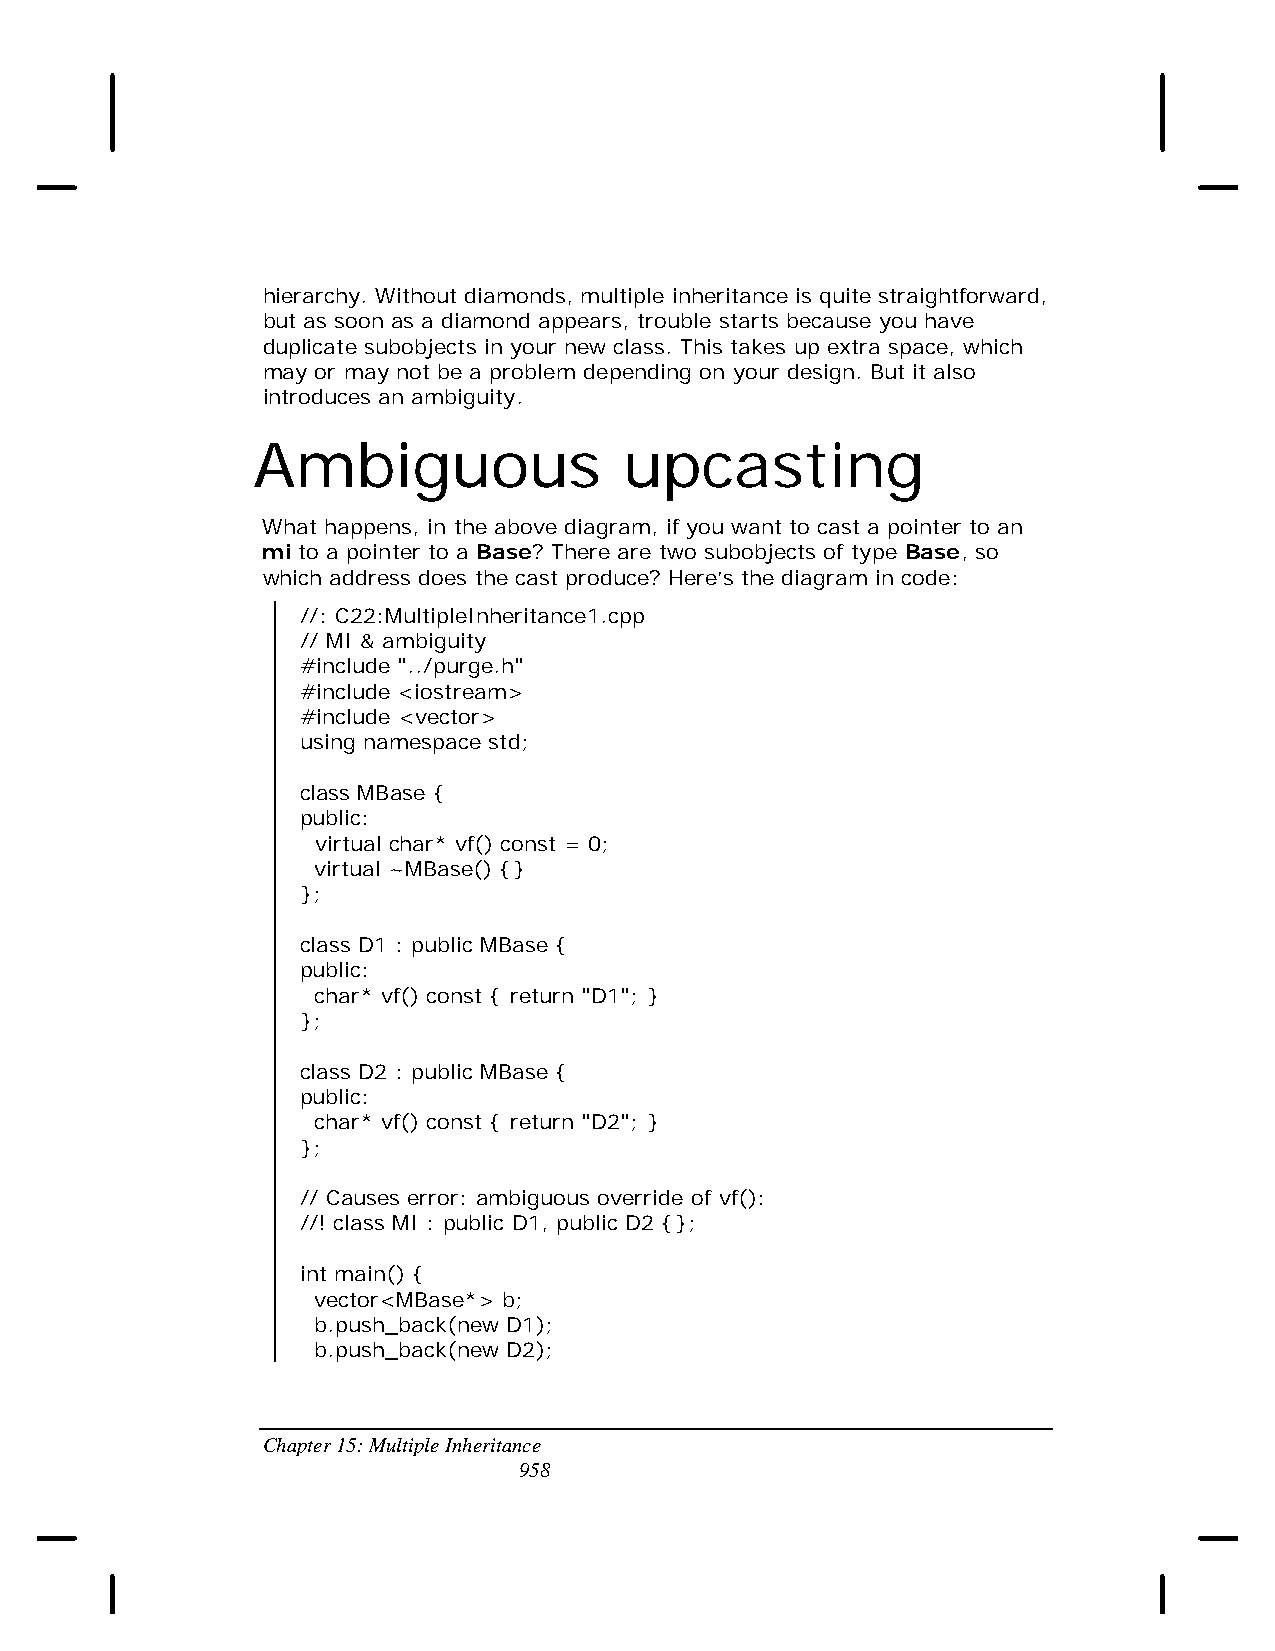
hierarchy. Without diamonds, multiple inheritance is quite straightforward,
 but as soon as a diamond appears, trouble starts because you have
 duplicate subobjects in your new class. This takes up extra space, which
 may or may not be a problem depending on your design. But it also
 introduces an ambiguity.
 Ambiguous               upcasting
 What happens, in the above diagram, if you want to cast a pointer to an
 mi to a pointer to a Base? There are two subobjects of type Base, so
 which address does the cast produce? Here’s the diagram in code:
 //: C22:MultipleInheritance1.cpp
 // MI & ambiguity
 #include "../purge.h"
 #include <iostream>
 #include <vector>
 using namespace std;
 class MBase {
 public:
 virtual char* vf() const = 0;
 virtual ~MBase() {}
 };
 class D1 : public MBase {
 public:
 char* vf() const { return "D1"; }
 };
 class D2 : public MBase {
 public:
 char* vf() const { return "D2"; }
 };
 // Causes error: ambiguous override of vf():
 //! class MI : public D1, public D2 {};
 int main() {
 vector<MBase*> b;
 b.push_back(new D1);
 b.push_back(new D2);
 Chapter 15: Multiple Inheritance
 958